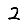
Digit: 2